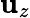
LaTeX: \mathbf{u}_{z}